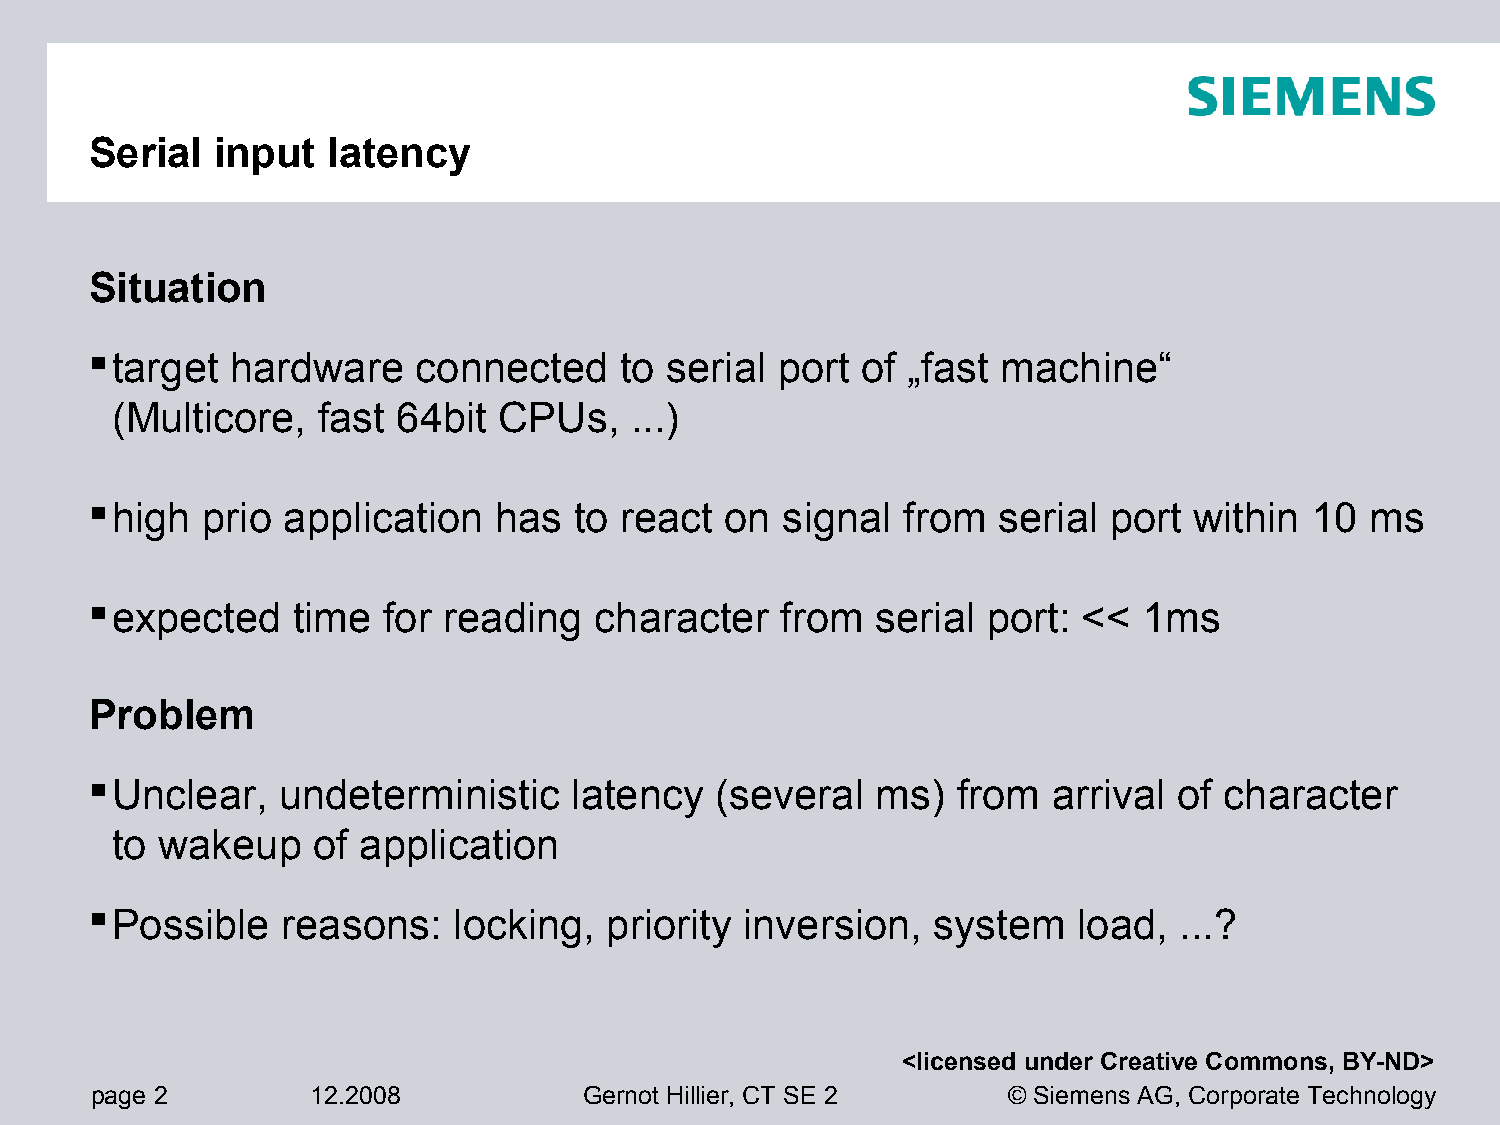
Serial  input   latency
 Situation
 target  hardware     connected    to serial port  of „fast machine“
 (Multicore,   fast 64bit  CPUs,    ...)
 high  prio  application   has  to react  on  signal  from  serial port  within  10  ms
 expected    time  for reading   character    from  serial port:  <<  1ms
 Problem
 Unclear,   undeterministic     latency  (several   ms)  from   arrival of character
 to wakeup     of application
 Possible    reasons:   locking,  priority inversion,   system   load,  ...?
 <licensed under Creative Commons, BY-ND>
 page 2         12.2008           Gernot Hillier, CT SE 2     © Siemens AG, Corporate Technology